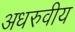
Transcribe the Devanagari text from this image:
अधरुवीय